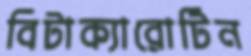
বিটাক্যারোটিন